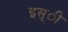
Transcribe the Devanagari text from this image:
इस्ी